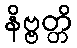
နိဗ္ဗတ္တိ